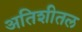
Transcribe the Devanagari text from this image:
अतिशीतल